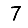
Digit: 7